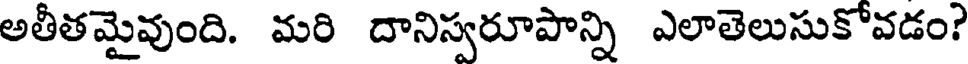
అతీతమైవుంది. మరి దానిస్వరూపాన్ని ఎలాతెలుసుకోవడం?